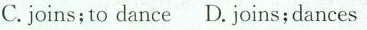
C. joins; to dance D. Joins;dances